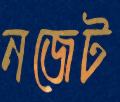
নজেট